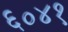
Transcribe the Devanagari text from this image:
६०४१